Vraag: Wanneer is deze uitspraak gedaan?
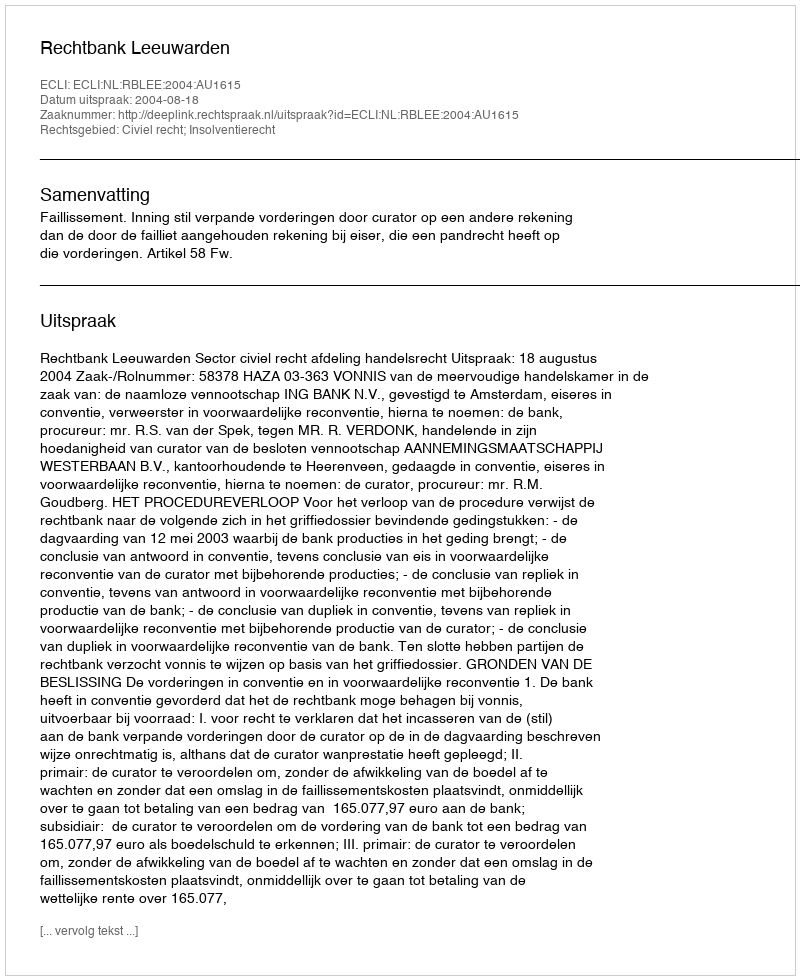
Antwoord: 2004-08-18